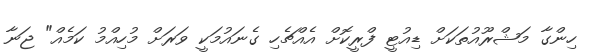
ހިންގާ މަޝްރޫއުތަކަށް ޑިއުޓީ ފްރީކޮށް އެއްޗެހި ގެނައުމަކީ ވަރަށް މުހިއްމު ކަމެއް" ޖަނާ